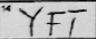
Transcription: YFT